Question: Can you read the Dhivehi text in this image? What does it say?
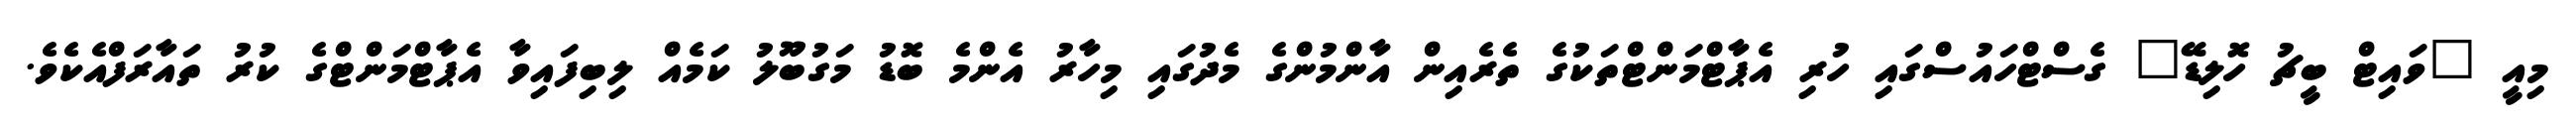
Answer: މިއީ "ވައިޓް ބީޗު ހޮލިޑޭ" ގެސްޓްހައުސްގައި ހުރި އެޕާޓްމަންޓްތަކުގެ ތެރެއިން އާންމުންގެ މެދުގައި މިހާރު އެންމެ ބޮޑު މަގުބޫލު ކަމެއް ލިބިފައިވާ އެޕާޓްމަންޓްގެ ކުރު ތައާރަފްއެކެވެ.